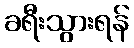
ခရီးသွားရန်